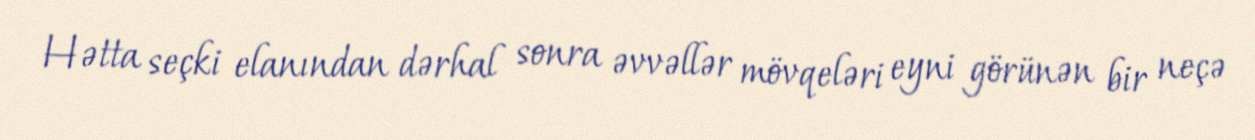
Hətta seçki elanından dərhal sonra əvvəllər mövqeləri eyni görünən bir neçə